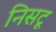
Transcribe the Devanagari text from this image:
निसटू